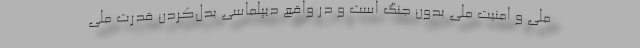
ملی و امنیت ملی بدون جنگ است و در واقع دیپلماسی بدل‌کردن قدرت ملی